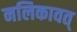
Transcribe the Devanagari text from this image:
नलिकावत्‌